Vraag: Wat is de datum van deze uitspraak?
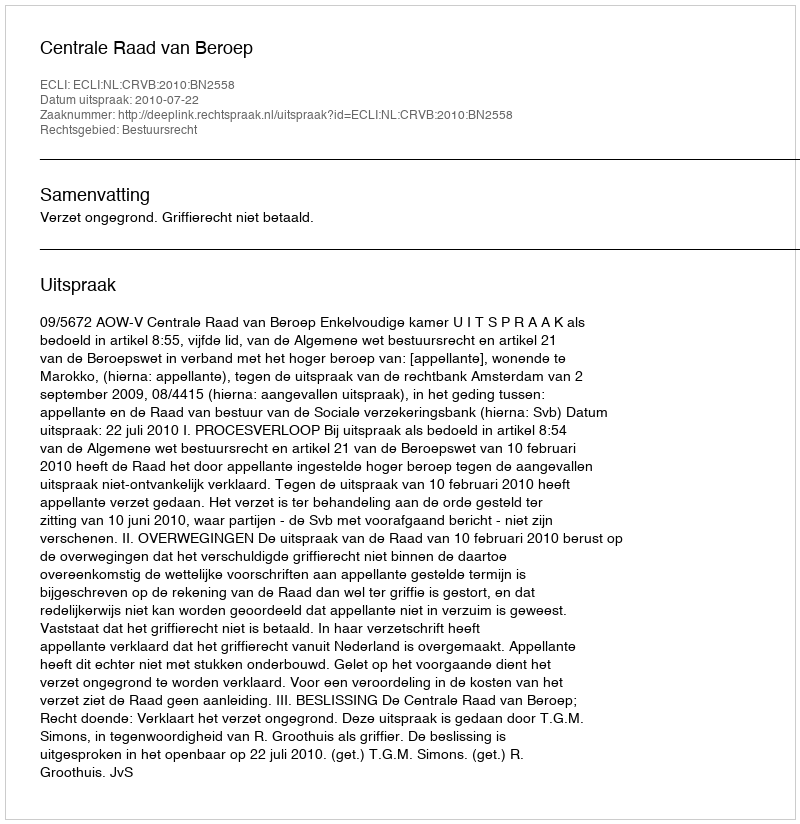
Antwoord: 2010-07-22